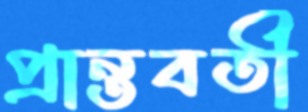
প্রান্তবর্তী